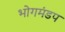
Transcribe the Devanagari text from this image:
भोगमंडप